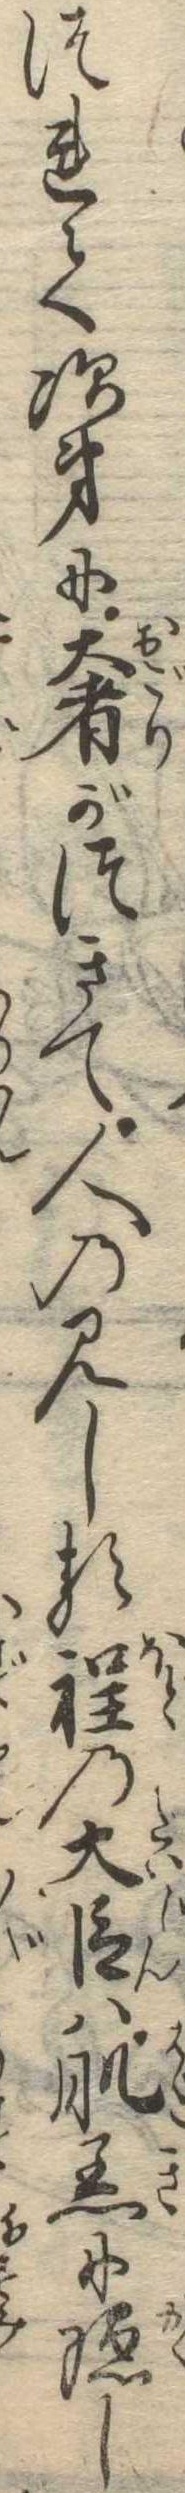
つれて次第に奢がつきて人の見しる程の大臣は肌着に隠し